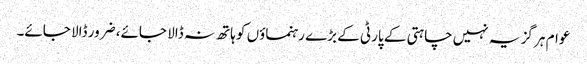
عوام ہر گز یہ نہیں چاہتی کے پارٹی کے بڑے رہنماؤں کو ہاتھ نہ ڈالا جائے، ضرور ڈالا جائے۔